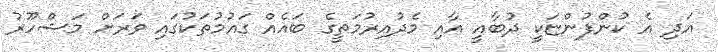
އަދި އެ ކުންފުންޏަކީ ދުބާއީ އާއި މެދުއިރުމަތީގެ ބައެއް ގައުމުތަކުގައި ވަރަށް މަޝްހޫރު